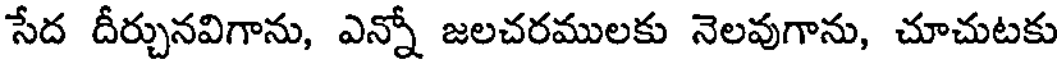
సేద దీర్చునవిగాను, ఎన్నో జలచరములకు నెలవుగాను, చూచుటకు